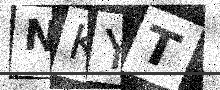
Text: NKYT